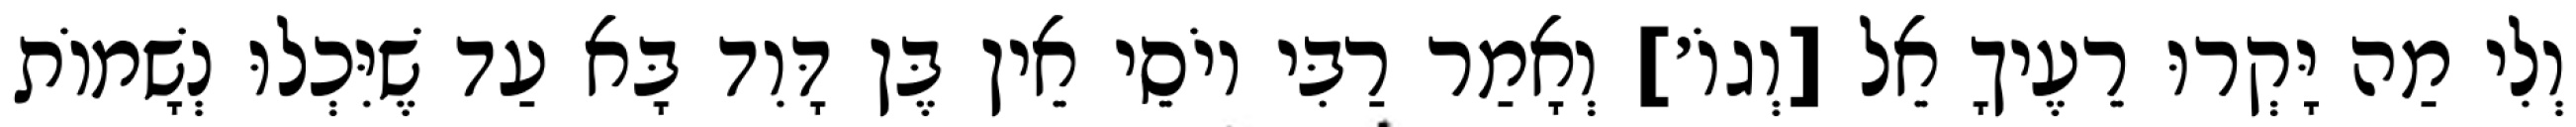
וְלִי מַה יָּקְרוּ רֵעֶיךָ אֵל [וְגוֹ׳] וְאָמַר רַבִּי יוֹסֵי אֵין בֶּן דָּוִד בָּא עַד שֶׁיִּכְלוּ נְשָׁמוֹת